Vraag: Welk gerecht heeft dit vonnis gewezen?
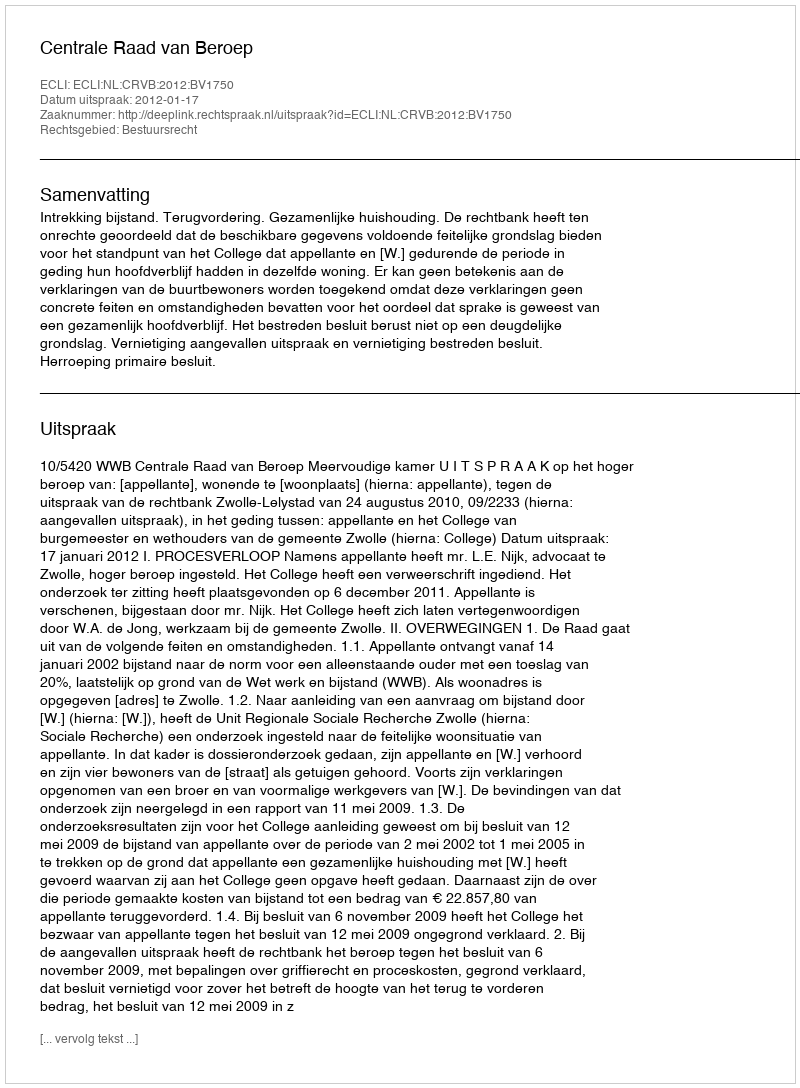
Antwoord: Centrale Raad van Beroep